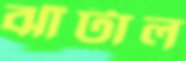
ঝাঁটাল